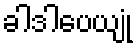
ခါဒါပေယျုံ